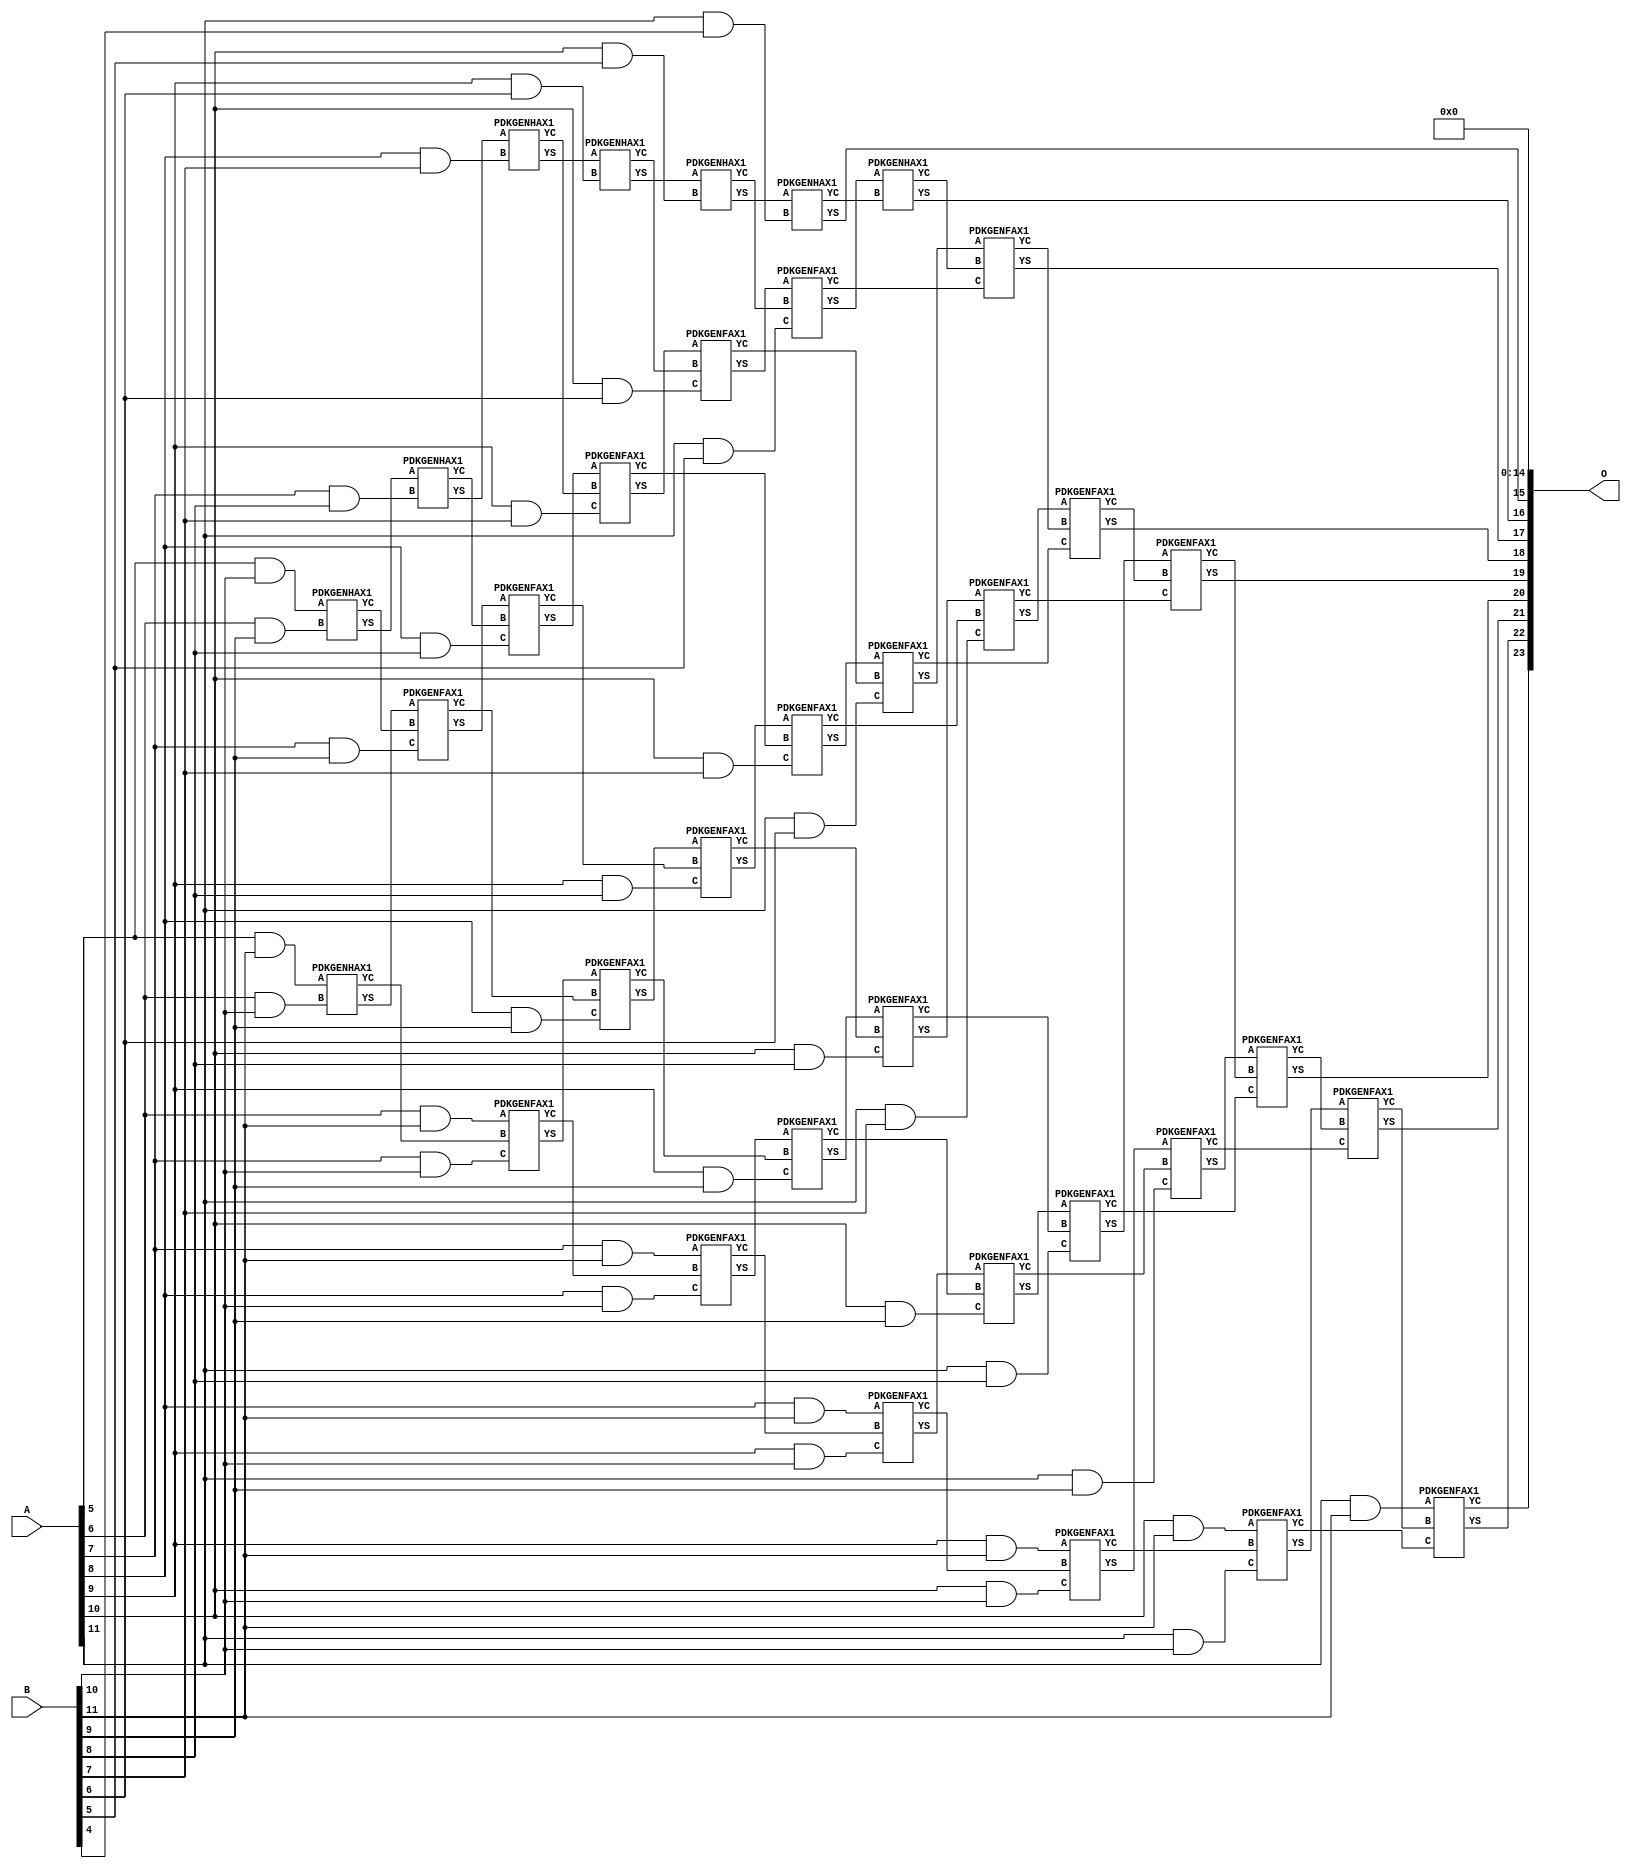
/***
* This code is a part of EvoApproxLib library (ehw.fit.vutbr.cz/approxlib) distributed under The MIT License.
* When used, please cite the following article(s): V. Mrazek, Z. Vasicek, L. Sekanina, H. Jiang and J. Han, "Scalable Construction of Approximate Multipliers With Formally Guaranteed Worst Case Error" in IEEE Transactions on Very Large Scale Integration (VLSI) Systems, vol. 26, no. 11, pp. 2572-2576, Nov. 2018. doi: 10.1109/TVLSI.2018.2856362 
* This file contains a circuit from a sub-set of pareto optimal circuits with respect to the pwr and mse parameters
***/
// MAE% = 0.52 %
// MAE = 88064 
// WCE% = 2.10 %
// WCE = 352257 
// WCRE% = 100.00 %
// EP% = 99.94 %
// MRE% = 7.84 %
// MSE = 96443.585e5 
// PDK45_PWR = 0.220 mW
// PDK45_AREA = 420.5 um2
// PDK45_DELAY = 1.50 ns


module mul12u_2J4 ( A, B, O );
  input [11:0] A;
  input [11:0] B;
  output [23:0] O;

  wire C_10_10,C_10_5,C_10_6,C_10_7,C_10_8,C_10_9,C_11_10,C_11_4,C_11_5,C_11_6,C_11_7,C_11_8,C_11_9,C_12_10,C_12_4,C_12_5,C_12_6,C_12_7,C_12_8,C_12_9,C_6_10,C_6_9,C_7_10,C_7_8,C_7_9,C_8_10,C_8_7,C_8_8,C_8_9,C_9_10,C_9_6,C_9_7,C_9_8,C_9_9,S_10_10,S_10_11,S_10_5,S_10_6,S_10_7,S_10_8,S_10_9,S_11_10,S_11_11,S_11_4,S_11_5,S_11_6,S_11_7,S_11_8,S_11_9,S_12_10,S_12_11,S_12_3,S_12_4,S_12_5,S_12_6,S_12_7,S_12_8,S_12_9,S_5_10,S_5_11,S_6_10,S_6_11,S_6_9,S_7_10,S_7_11,S_7_8,S_7_9,S_8_10,S_8_11,S_8_7,S_8_8,S_8_9,S_9_10,S_9_11,S_9_6,S_9_7,S_9_8,S_9_9;

  assign S_5_10 = (A[5] & B[10]);
  assign S_5_11 = (A[5] & B[11]);
  PDKGENHAX1 U46498 (.A(S_5_10), .B((A[6] & B[9])), .YS(S_6_9), .YC(C_6_9));
  PDKGENHAX1 U46499 (.A(S_5_11), .B((A[6] & B[10])), .YS(S_6_10), .YC(C_6_10));
  assign S_6_11 = (A[6] & B[11]);
  PDKGENHAX1 U46509 (.A(S_6_9), .B((A[7] & B[8])), .YS(S_7_8), .YC(C_7_8));
  PDKGENFAX1 U46510 (.A(S_6_10), .B(C_6_9), .C((A[7] & B[9])), .YS(S_7_9), .YC(C_7_9));
  PDKGENFAX1 U46511 (.A(S_6_11), .B(C_6_10), .C((A[7] & B[10])), .YS(S_7_10), .YC(C_7_10));
  assign S_7_11 = (A[7] & B[11]);
  PDKGENHAX1 U46520 (.A(S_7_8), .B((A[8] & B[7])), .YS(S_8_7), .YC(C_8_7));
  PDKGENFAX1 U46521 (.A(S_7_9), .B(C_7_8), .C((A[8] & B[8])), .YS(S_8_8), .YC(C_8_8));
  PDKGENFAX1 U46522 (.A(S_7_10), .B(C_7_9), .C((A[8] & B[9])), .YS(S_8_9), .YC(C_8_9));
  PDKGENFAX1 U46523 (.A(S_7_11), .B(C_7_10), .C((A[8] & B[10])), .YS(S_8_10), .YC(C_8_10));
  assign S_8_11 = (A[8] & B[11]);
  PDKGENHAX1 U46531 (.A(S_8_7), .B((A[9] & B[6])), .YS(S_9_6), .YC(C_9_6));
  PDKGENFAX1 U46532 (.A(S_8_8), .B(C_8_7), .C((A[9] & B[7])), .YS(S_9_7), .YC(C_9_7));
  PDKGENFAX1 U46533 (.A(S_8_9), .B(C_8_8), .C((A[9] & B[8])), .YS(S_9_8), .YC(C_9_8));
  PDKGENFAX1 U46534 (.A(S_8_10), .B(C_8_9), .C((A[9] & B[9])), .YS(S_9_9), .YC(C_9_9));
  PDKGENFAX1 U46535 (.A(S_8_11), .B(C_8_10), .C((A[9] & B[10])), .YS(S_9_10), .YC(C_9_10));
  assign S_9_11 = (A[9] & B[11]);
  PDKGENHAX1 U46542 (.A(S_9_6), .B((A[10] & B[5])), .YS(S_10_5), .YC(C_10_5));
  PDKGENFAX1 U46543 (.A(S_9_7), .B(C_9_6), .C((A[10] & B[6])), .YS(S_10_6), .YC(C_10_6));
  PDKGENFAX1 U46544 (.A(S_9_8), .B(C_9_7), .C((A[10] & B[7])), .YS(S_10_7), .YC(C_10_7));
  PDKGENFAX1 U46545 (.A(S_9_9), .B(C_9_8), .C((A[10] & B[8])), .YS(S_10_8), .YC(C_10_8));
  PDKGENFAX1 U46546 (.A(S_9_10), .B(C_9_9), .C((A[10] & B[9])), .YS(S_10_9), .YC(C_10_9));
  PDKGENFAX1 U46547 (.A(S_9_11), .B(C_9_10), .C((A[10] & B[10])), .YS(S_10_10), .YC(C_10_10));
  assign S_10_11 = (A[10] & B[11]);
  PDKGENHAX1 U46553 (.A(S_10_5), .B((A[11] & B[4])), .YS(S_11_4), .YC(C_11_4));
  PDKGENFAX1 U46554 (.A(S_10_6), .B(C_10_5), .C((A[11] & B[5])), .YS(S_11_5), .YC(C_11_5));
  PDKGENFAX1 U46555 (.A(S_10_7), .B(C_10_6), .C((A[11] & B[6])), .YS(S_11_6), .YC(C_11_6));
  PDKGENFAX1 U46556 (.A(S_10_8), .B(C_10_7), .C((A[11] & B[7])), .YS(S_11_7), .YC(C_11_7));
  PDKGENFAX1 U46557 (.A(S_10_9), .B(C_10_8), .C((A[11] & B[8])), .YS(S_11_8), .YC(C_11_8));
  PDKGENFAX1 U46558 (.A(S_10_10), .B(C_10_9), .C((A[11] & B[9])), .YS(S_11_9), .YC(C_11_9));
  PDKGENFAX1 U46559 (.A(S_10_11), .B(C_10_10), .C((A[11] & B[10])), .YS(S_11_10), .YC(C_11_10));
  assign S_11_11 = (A[11] & B[11]);
  assign S_12_3 = S_11_4;
  PDKGENHAX1 U46565 (.A(S_11_5), .B(C_11_4), .YS(S_12_4), .YC(C_12_4));
  PDKGENFAX1 U46566 (.A(S_11_6), .B(C_12_4), .C(C_11_5), .YS(S_12_5), .YC(C_12_5));
  PDKGENFAX1 U46567 (.A(S_11_7), .B(C_12_5), .C(C_11_6), .YS(S_12_6), .YC(C_12_6));
  PDKGENFAX1 U46568 (.A(S_11_8), .B(C_12_6), .C(C_11_7), .YS(S_12_7), .YC(C_12_7));
  PDKGENFAX1 U46569 (.A(S_11_9), .B(C_12_7), .C(C_11_8), .YS(S_12_8), .YC(C_12_8));
  PDKGENFAX1 U46570 (.A(S_11_10), .B(C_12_8), .C(C_11_9), .YS(S_12_9), .YC(C_12_9));
  PDKGENFAX1 U46571 (.A(S_11_11), .B(C_12_9), .C(C_11_10), .YS(S_12_10), .YC(C_12_10));
  assign S_12_11 = C_12_10;
  assign O = {S_12_11,S_12_10,S_12_9,S_12_8,S_12_7,S_12_6,S_12_5,S_12_4,S_12_3,1'b0,1'b0,1'b0,1'b0,1'b0,1'b0,1'b0,1'b0,1'b0,1'b0,1'b0,1'b0,1'b0,1'b0,1'b0};

endmodule

/* mod */
module PDKGENHAX1( input A, input B, output YS, output YC );
    assign YS = A ^ B;
    assign YC = A & B;
endmodule
/* mod */
module PDKGENFAX1( input A, input B, input C, output YS, output YC );
    assign YS = (A ^ B) ^ C;
    assign YC = (A & B) | (B & C) | (A & C);
endmodule